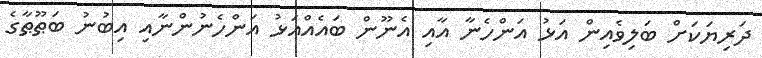
ދަރިޔަކަށް ބަލިވެއިން އަޅު އަންހެނާ އާއި އެނޫން ބައެއްއަޅު އަންހެނުންނާއި އިބުނު ބަޠޫޠާގެ